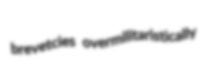
brevetcies overmilitaristically